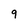
Character: 9